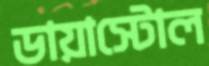
ডায়াস্টোল